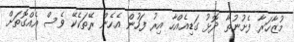
މުޒާހަރާ ފެށުނުތާ ދޮޅު ގަޑިއެއްހާ އިރު ފަހުން އެހެން ރޭތަކެކޭ ވެސް އެއްގޮތަށް